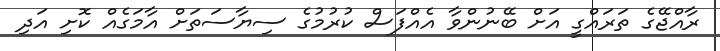
ރާއްޖޭގެ ތަރައްގީ އަށް ބޭނުންވާ އެއްފަސް ކުރުމުގެ ސިޔާސަތަށް އާމަގެއް ކޮށި އަދި